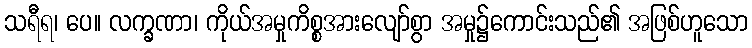
သရီရ၊ ပေ။ လက္ခဏာ၊ ကိုယ်အမှုကိစ္စအားလျော်စွာ အမှု၌ကောင်းသည်၏ အဖြစ်ဟူသော